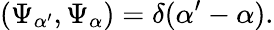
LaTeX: \left(\Psi_{\alpha^{\prime}},\Psi_{\alpha}\right)=\delta(\alpha^{\prime}-\alpha).